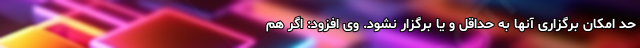
حد امکان برگزاری آنها به حداقل و یا برگزار نشود. وی افزود: اگر هم